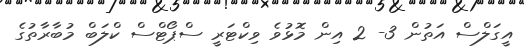
އީގަލްސް އަތުން 3- 2 އިން މޮޅުވެ ވިކްޓަރީ ސްޕޯޓްސް ކްލަބް މުބާރާތުގެ